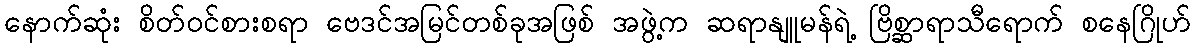
နောက်ဆုံး စိတ်ဝင်စားစရာ ဗေဒင်အမြင်တစ်ခုအဖြစ် အဖွဲ့က ဆရာနျူမန်ရဲ့ ဗြိစ္ဆာရာသီရောက် စနေဂြိုဟ်